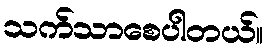
သက်သာစေပါတယ်။